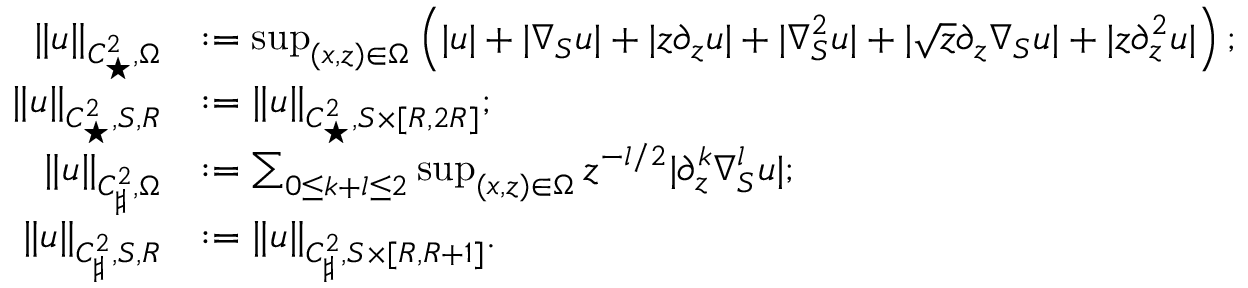
\begin{array} { r l } { \| u \| _ { C _ { \star } ^ { 2 } , \Omega } } & { : = \operatorname* { s u p } _ { ( x , z ) \in \Omega } \left( | u | + | \nabla _ { S } u | + | z \partial _ { z } u | + | \nabla _ { S } ^ { 2 } u | + | \sqrt { z } \partial _ { z } \nabla _ { S } u | + | z \partial _ { z } ^ { 2 } u | \right) ; } \\ { \| u \| _ { C _ { \star } ^ { 2 } , S , R } } & { : = \| u \| _ { C _ { \star } ^ { 2 } , S \times [ R , 2 R ] } ; } \\ { \| u \| _ { C _ { \sharp } ^ { 2 } , \Omega } } & { : = \sum _ { 0 \leq k + l \leq 2 } \operatorname* { s u p } _ { ( x , z ) \in \Omega } z ^ { - l / 2 } | \partial _ { z } ^ { k } \nabla _ { S } ^ { l } u | ; } \\ { \| u \| _ { C _ { \sharp } ^ { 2 } , S , R } } & { : = \| u \| _ { C _ { \sharp } ^ { 2 } , S \times [ R , R + 1 ] } . } \end{array}